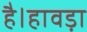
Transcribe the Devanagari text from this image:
है।हावड़ा